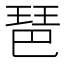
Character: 琶